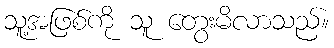
သူ့အဖြစ်ကို သူ တွေးမိလာသည်။